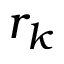
r _ { k }